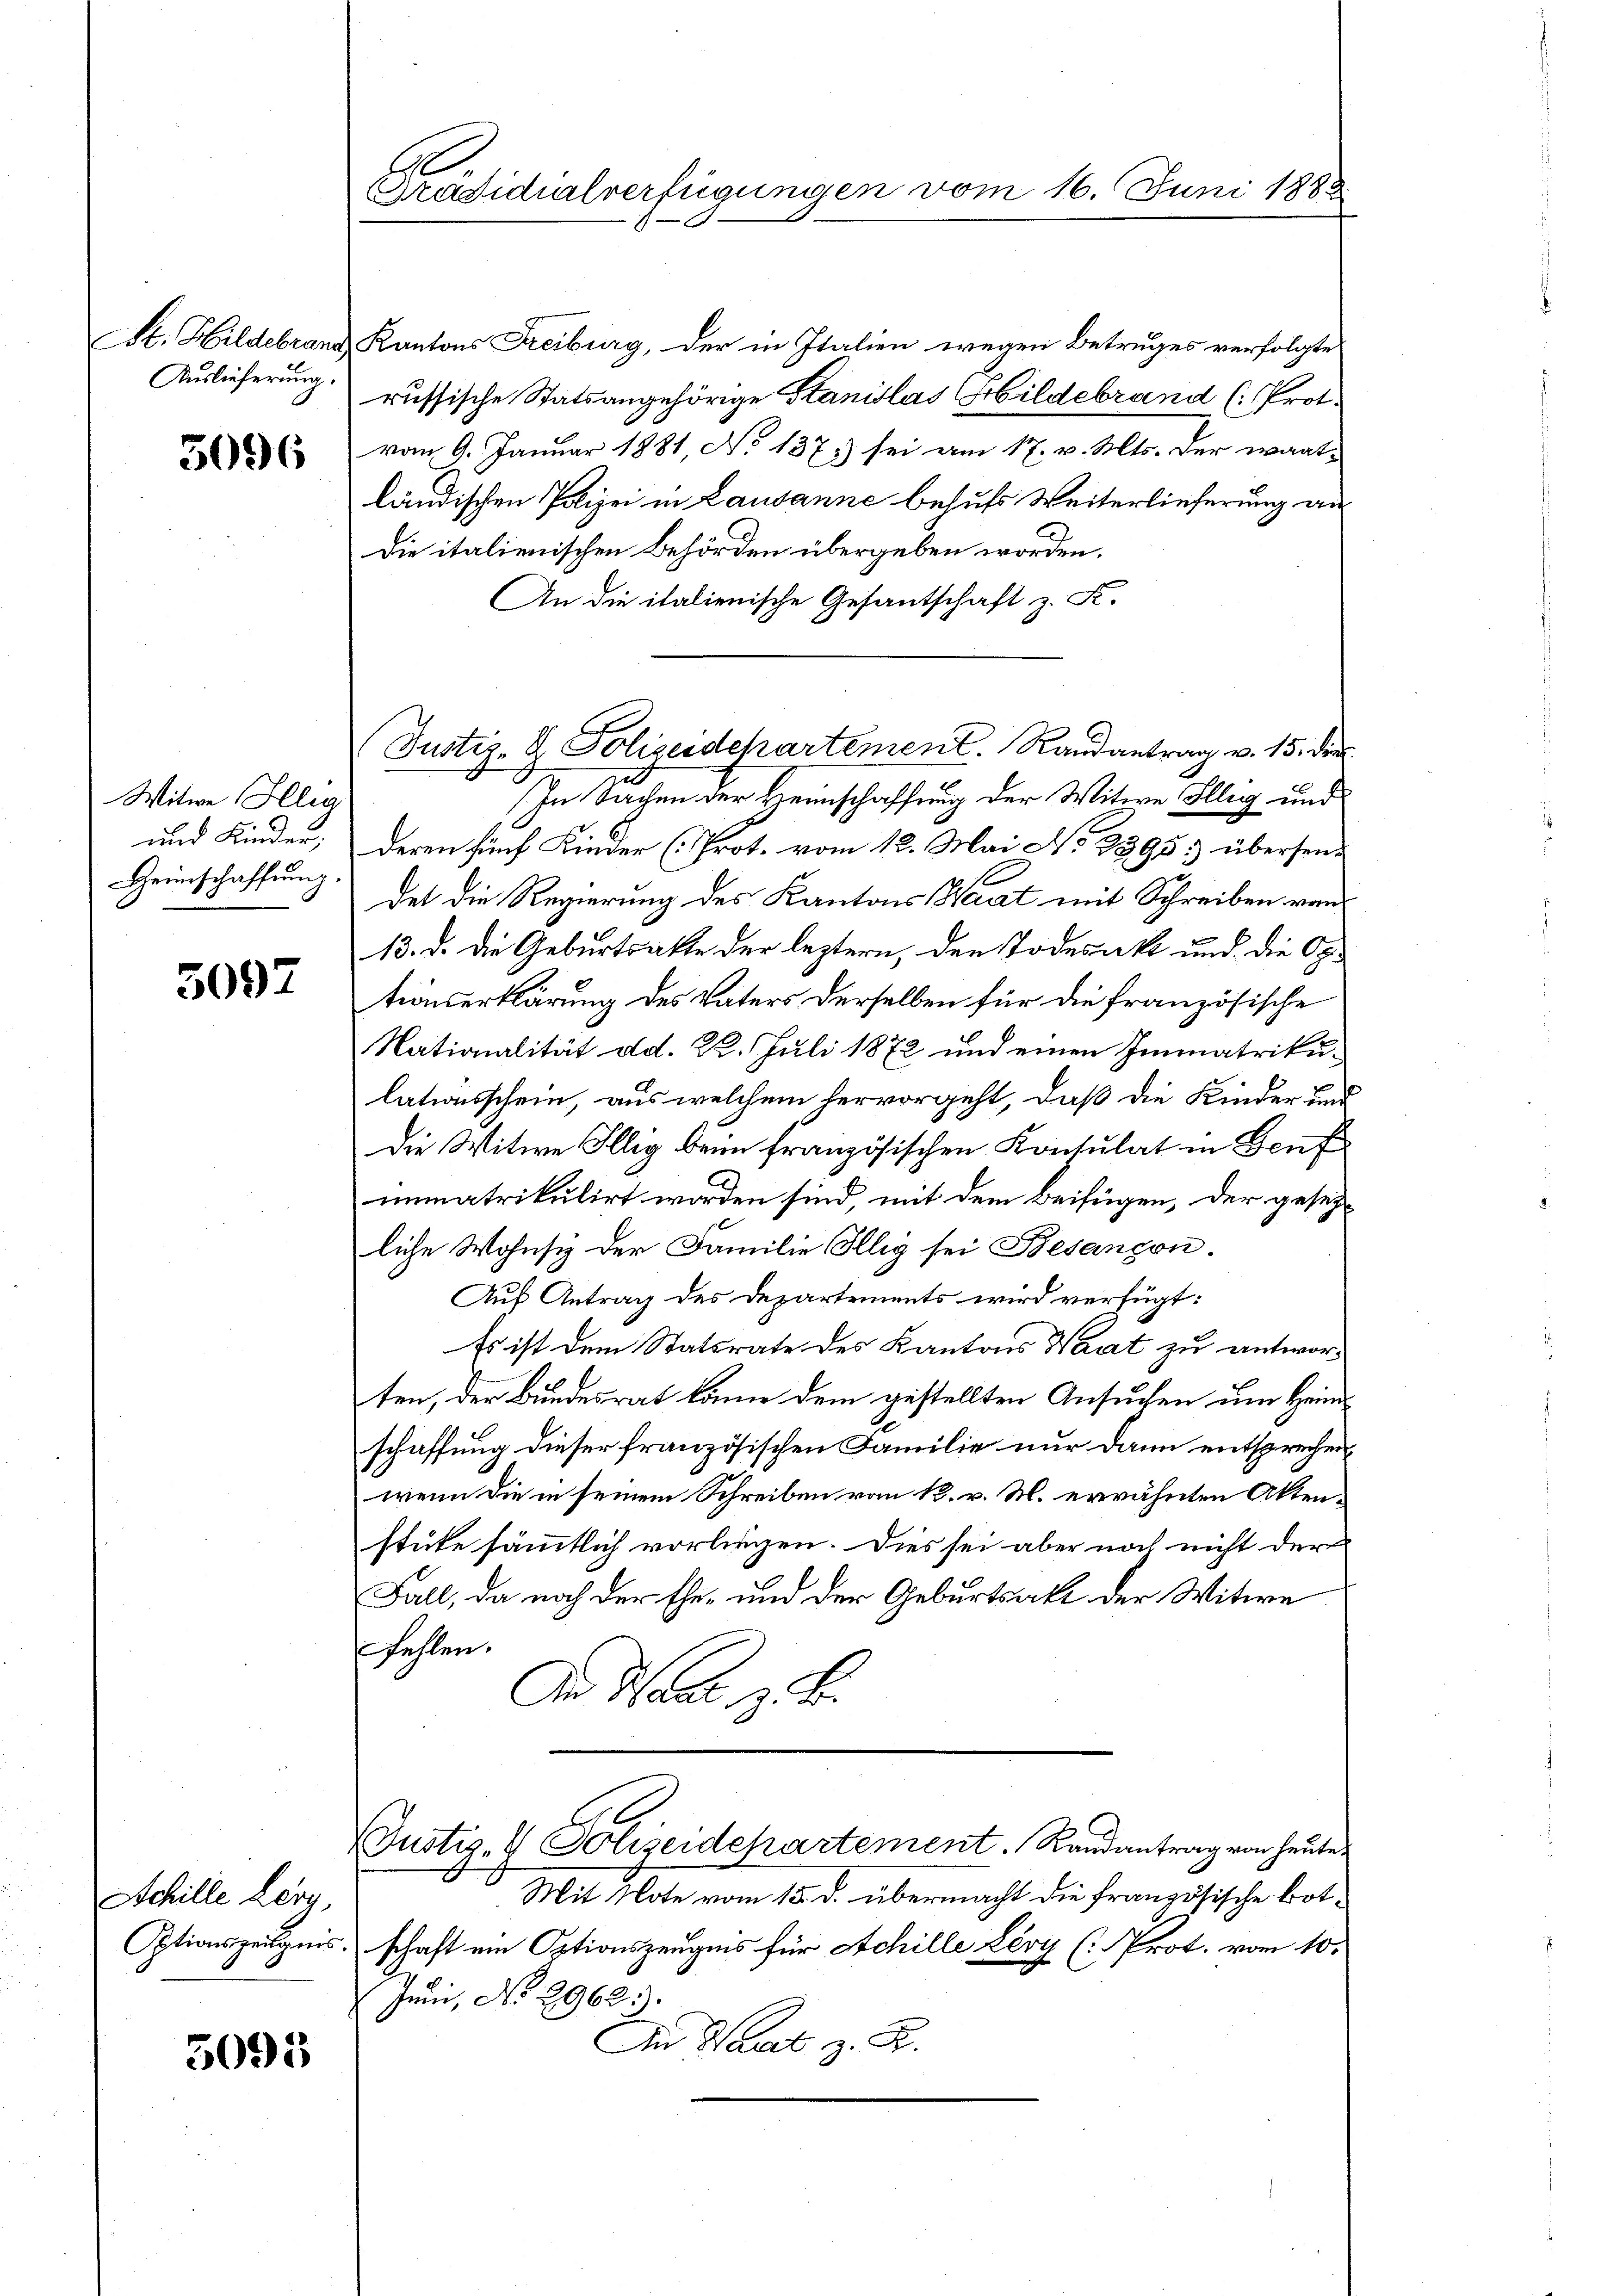
e. Hildebrand
Auslieferung.

5096

Witwe Hllig
und Kinder,
Geinschaffung.

5097

Achille Lery,
Optionszeugnis

5091

s
Präsidialverfügungen

Justiz- & Polizeidepartement. Randantrag v. 15. die

Kantons Freiburg, der in Italien wegen Betruges verfolgte
russische Statsangehörige Stanislas Hildebrand (: Prot.
vom 9. Januar 1881, No 1873) sei am 17. v. Mts. der wart-
ländischen Polizei in Lausanne behufs Weiterlieferung an
Die italienischen Behörden übergeben worden.
An die italienische Gesantschaft z. K.
In Sachen der Heimschaffung der Witwe Illig und
deren fünf Kinder (Prot. vom 12. Mai No 2395. übersendet die Regierung des Kantons Waat mit Schreiben vom
13. d. die Geburtsakte der leztern, den Todesackt und die Optionserklärung des Vaters derselben für die französische
Nationalität dd. 22. Juli 1872 und einen Immatrikulationsschein, aus welchem hervorgeht, daß die Kinder und
Die Witwe Illig beim französischen Konsulat in Genf
immatrikulirt worden sind mit dem Beifügen, der gesezliche Wohnsi der Familie Illig sei Besançon
Auf Antrag des Departements wird verfügt:
Es ist dem Statsrate des Kantons Wart zu antworten, der Bundesrat könne dem gestellten Ansuchen um Heinschaffung dieser französischen Familie nur dann entsprechen
wenn die in seinem Schreiben vom 12. v. M. erwähnten Aktenstüke sämmtlich vorliegen. Dies sei aber noch nicht der
Fall, da noch der Ehe- und der Geburtsakt der Witwe
fehlen.
An der z. B.
Justiz- & Polizeidepartement. Randantrag von heute
Mit Note vom 15. d. übermacht die französische Botschaft um Optionszeugnis für Achille Lery (Prot. vom 10.
Juni, No 2962.
An Waadt z. R.

vom 16. Juni 1888